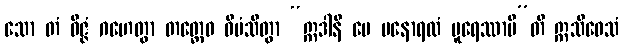
သော တံ ဝိဇ္ဇံ ဂဟေတွာ တတ္ထေဝ ဝီမံသိတွာ “ဣဒါနိ မေ မနောရထံ ပူရေဿာမီ”တိ ဣသိဝေသံ